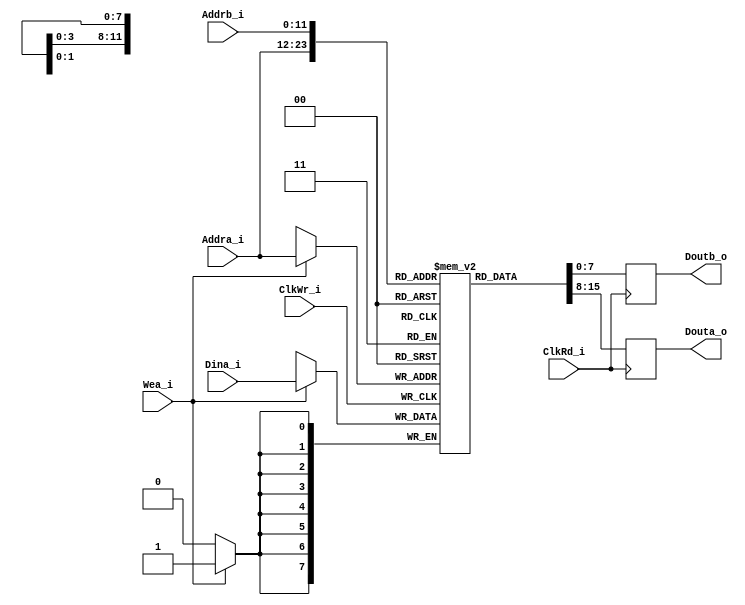
module dualPortCoeffRamBlock #
(
	parameter addrWidth = 12,
	parameter dataWidth = 8
)
(
	input ClkWr_i,
	input ClkRd_i,
	input [addrWidth-1:0] Addra_i,
	input [addrWidth-1:0] Addrb_i,
	input Wea_i,
	input [dataWidth-1:0] Dina_i,
	output [dataWidth-1:0] Douta_o,
	output [dataWidth-1:0] Doutb_o
);

	reg [dataWidth-1:0] dataOutA;
	reg [dataWidth-1:0] dataOutB;
	reg [dataWidth-1:0] memArray[(2**addrWidth)-1:0];
	//*pragma attribute memArray block_ram true
	
	initial begin
		memArray[0] = 18'h3e6c9;
		memArray[1] = 18'h3c349;
		memArray[2] = 18'h3cfde;
		memArray[3] = 18'h3f440;
		memArray[4] = 18'h05e4b;
		memArray[5] = 18'h0e79f;
		memArray[6] = 18'h172aa;
		memArray[7] = 18'h1c760;
		memArray[8] = 18'h1c760;
		memArray[9] = 18'h172aa;
		memArray[10] = 18'h0e79f;
		memArray[11] = 18'h05e4b;
		memArray[12] = 18'h3f440;
		memArray[13] = 18'h3cfde;
		memArray[14] = 18'h3c349;
		memArray[15] = 18'h3e6c9;
	end

	always @ (posedge ClkWr_i)
	begin
		if (Wea_i)
			memArray[Addra_i] = Dina_i;
	end
		
	always @ (posedge ClkRd_i)
	begin
		dataOutA <= memArray[Addra_i];
	end
	
	always @ (posedge ClkRd_i)
	begin
		dataOutB <= memArray[Addrb_i];
	end
			
	assign Douta_o = dataOutA;
	assign Doutb_o = dataOutB;

endmodule